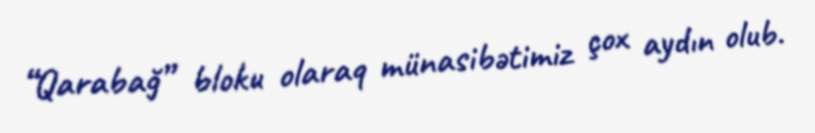
“Qarabağ” bloku olaraq münasibətimiz çox aydın olub.